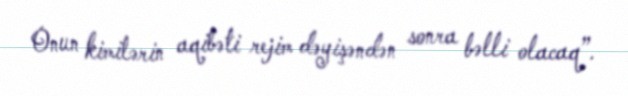
Onun kimilərin aqibəti rejim dəyişəndən sonra bəlli olacaq”.